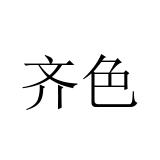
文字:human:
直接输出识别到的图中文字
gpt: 齐色